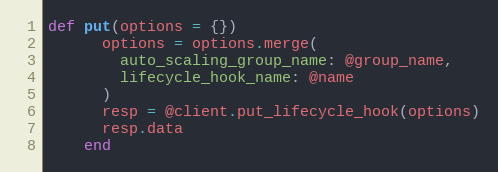
Language: Ruby
def put(options = {})
      options = options.merge(
        auto_scaling_group_name: @group_name,
        lifecycle_hook_name: @name
      )
      resp = @client.put_lifecycle_hook(options)
      resp.data
    end